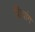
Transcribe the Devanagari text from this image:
शियांग